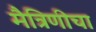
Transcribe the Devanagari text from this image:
मैत्रिणीचा